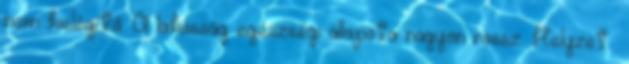
nem kielégítő. A lakosság egészségi állapota nagyon rossz. Helyzet